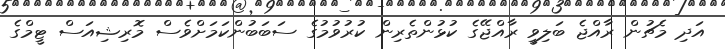
އަދި މެޗުން ރާއްޖެ ބަލިވީ ރާއްޖޭގެ ކުޅުންތެރިން ކުރުވުމުގެ ސަބަބުންކަމަށްވެސް މޮރިޝިއަސް ޓީމްގެ